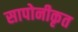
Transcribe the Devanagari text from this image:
सापोनीकृत